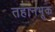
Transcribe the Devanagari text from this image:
तहानभूक